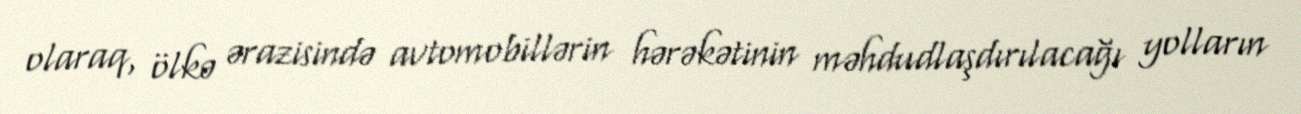
olaraq, ölkə ərazisində avtomobillərin hərəkətinin məhdudlaşdırılacağı yolların